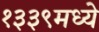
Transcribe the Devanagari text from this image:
१३३९मध्ये